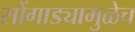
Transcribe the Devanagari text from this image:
सोंगाड्यामुळेच